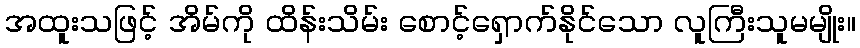
အထူးသဖြင့် အိမ်ကို ထိန်းသိမ်း စောင့်ရှောက်နိုင်သော လူကြီးသူမမျိုး။